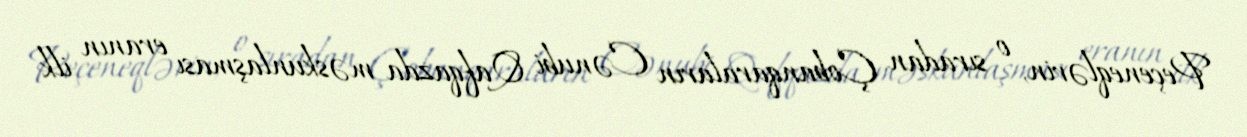
Peçeneqlərin, o sıradan Çobanqaraların Cənubi Qafqazda məskunlaşması eranın ilk